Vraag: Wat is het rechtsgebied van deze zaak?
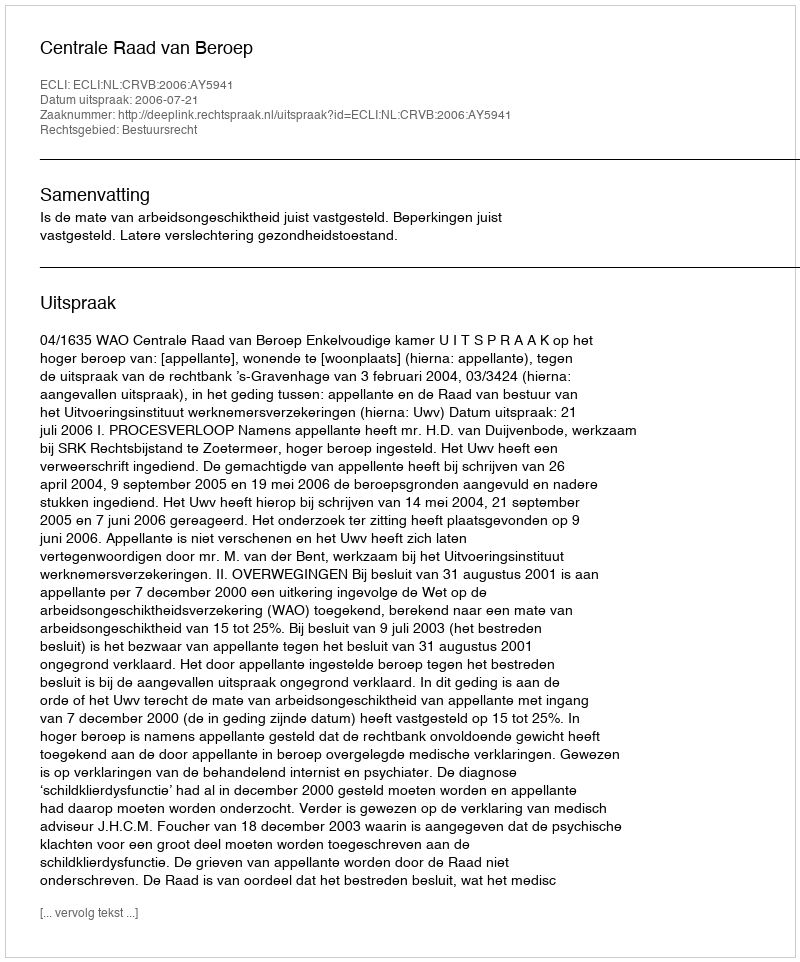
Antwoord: Bestuursrecht